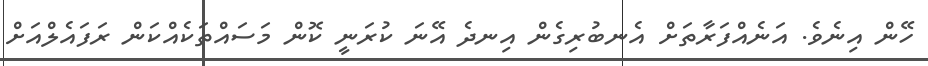
ހޭން އިނެވެ. އަނެއްފަރާތަށް އެނބުރިގެން އިނދެ އޭނަ ކުރަނީ ކޮން މަސައްތަކެއްކަން ރަފައެލްއަށް